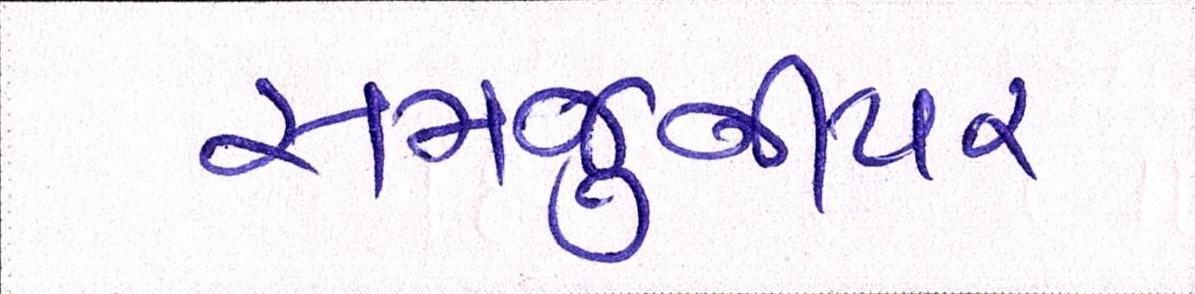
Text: સબજુનીયર